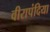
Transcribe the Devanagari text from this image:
वीरापंदिया